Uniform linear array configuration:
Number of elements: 32
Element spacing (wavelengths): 0.25
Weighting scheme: hamming
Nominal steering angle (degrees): -30
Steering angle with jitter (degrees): -30.274
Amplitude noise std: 0.05
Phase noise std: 0.05

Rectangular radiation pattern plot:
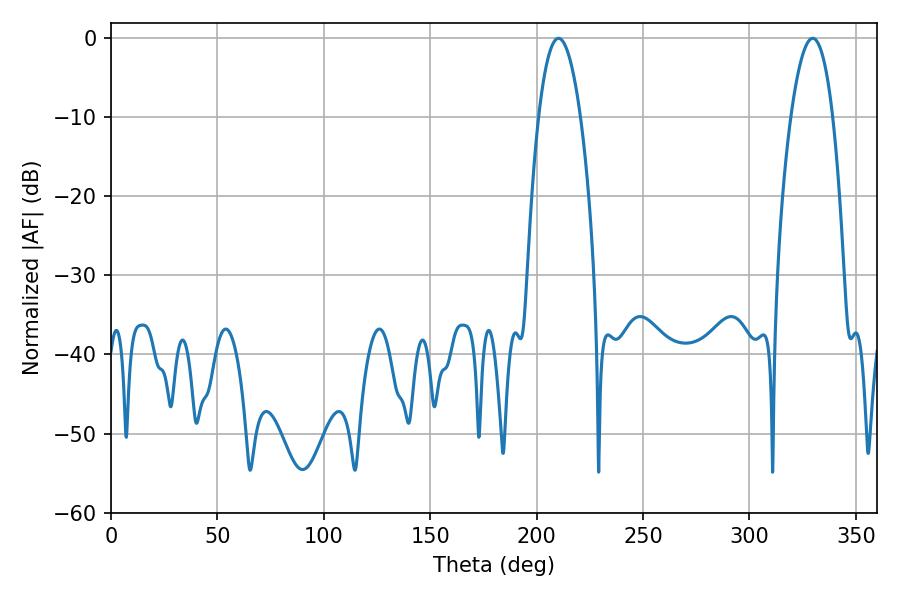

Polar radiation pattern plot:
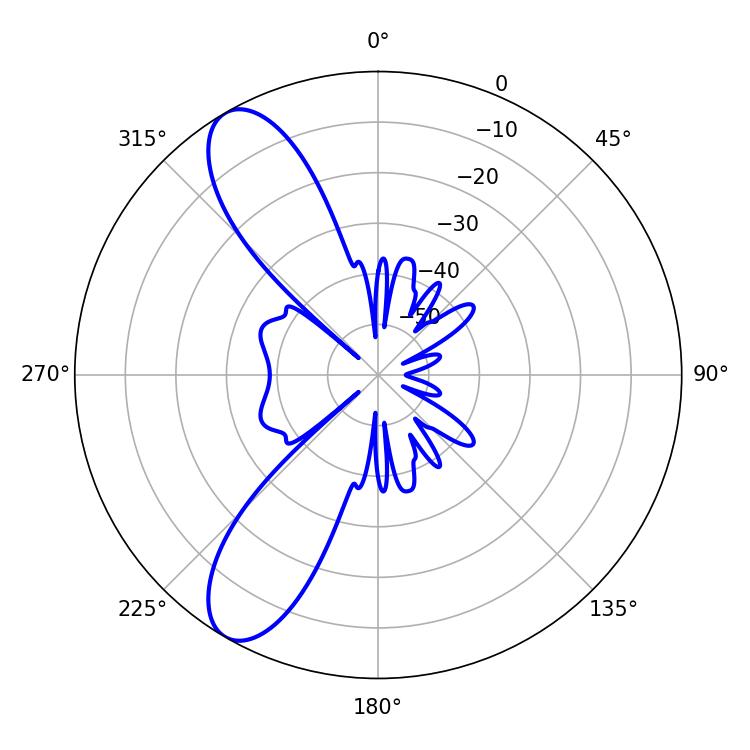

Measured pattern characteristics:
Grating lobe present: FALSE
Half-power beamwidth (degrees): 10.8
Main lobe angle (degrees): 210.24